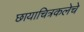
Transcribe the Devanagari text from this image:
छायाचित्रकलेचे